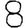
Digit: 8